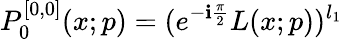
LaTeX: P_{0}^{[0,0]}(x;p)=(e^{-\mathbf{i}\frac{{\pi}}{{2}}}L(x;p))^{l_{1}}